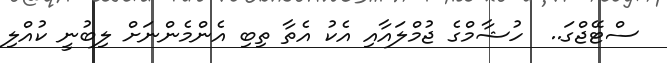
ސްޓޭޖްގަ..  ހުޝާމްގެ ޖުމްލައާއި އެކު އެތާ ތިބި އެންމެންނަށް ލިބުނީ ކުއްލި